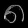
Digit: ၈